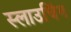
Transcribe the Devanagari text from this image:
स्लाउचिंग